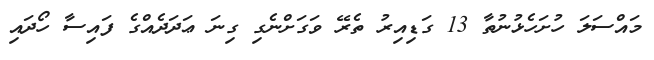
މައްސަލަ ހުށަހެޅުނުތާ 13 ގަޑިއިރު ތެރޭ ވަގަށްނެގި ގިނަ ޢަދަދެއްގެ ފައިސާ ހޯދައި